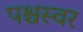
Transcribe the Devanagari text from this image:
पश्चस्वर